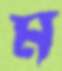
ম